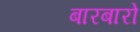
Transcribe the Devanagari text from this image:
बारबारो